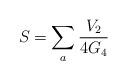
LaTeX: \begin{align*}S = \sum_{a} \frac{V_{2}}{4 G_{4}} \end{align*}